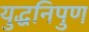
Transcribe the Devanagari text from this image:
युद्धनिपुण